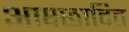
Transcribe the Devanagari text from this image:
आक्ष्छादित